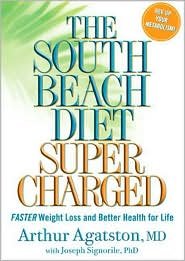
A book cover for The South Beach Diet Supercharged 1st (first) edition Text Only; Joseph Signorile PhD Arthur Agatston MD; Health, Fitness & Dieting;